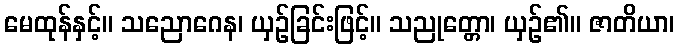
မေထုန်နှင့်။ သညောဂေန၊ ယှဉ်ခြင်းဖြင့်။ သညုတ္တော၊ ယှဉ်၏။ ဇာတိယာ၊